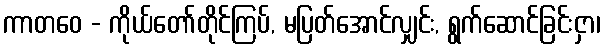
ကာတဝေ - ကိုယ်တော်တိုင်ကြပ်, မပြတ်အောင်လျှင်း, ရွက်ဆောင်ခြင်းငှာ၊